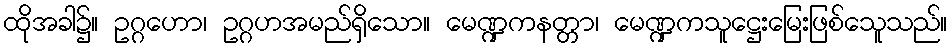
ထိုအခါ၌။ ဥဂ္ဂဟော၊ ဥဂ္ဂဟအမည်ရှိသော။ မေဏ္ဍကနတ္တာ၊ မေဏ္ဍကသူဋ္ဌေးမြေးဖြစ်သေူသည်။